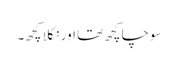
سوچا کچھ تھا اور نکلا کچھ۔